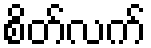
စိတ်လက်